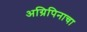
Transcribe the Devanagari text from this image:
अग्रिपिनाचा